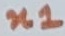
Text: n1